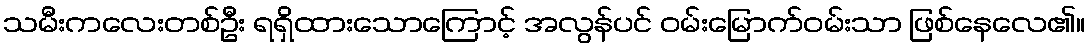
သမီးကလေးတစ်ဦး ရရှိထားသောကြောင့် အလွန်ပင် ဝမ်းမြောက်ဝမ်းသာ ဖြစ်နေလေ၏။